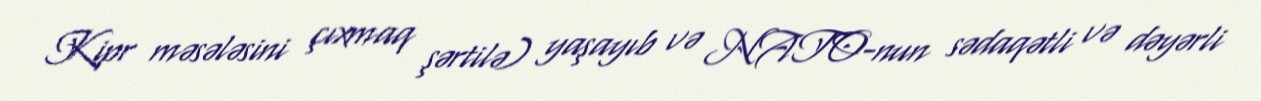
Kipr məsələsini çıxmaq şərtilə) yaşayıb və NATO-nun sədaqətli və dəyərli